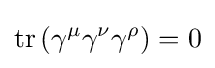
\operatorname {tr} \left(\gamma ^{\mu }\gamma ^{\nu }\gamma ^{\rho }\right)=0